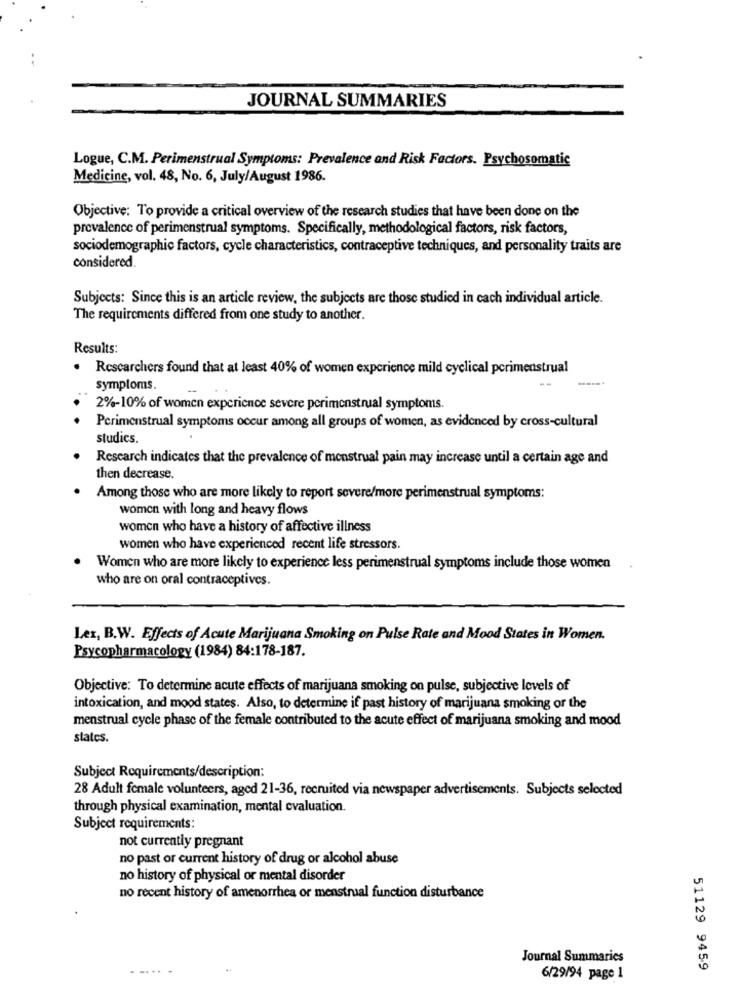
JOURNAL SUMMARIES
Logue, C.M. Perimenstrual Symptoms: Prevalence and Risk Factors. Psychosomatic
Medicine, vol. 48, No. 6, July/August 1986.
Objective: To provide a critical overview of the research studies that have been done on the
prevalence of perimenstrual symptoms. Specifically, methodological factors, risk factors,
sociodemographic factors, cycle characteristics, contraceptive techniques, and personality traits are
considered.
Subjects: Since this is an article review, the subjects are those studied in cach individual article.
The requirements differed from one study to another.
Results:
Researchers found that at least 40% of women experience mild cyclical perimenstrual
--
symptoms.
2%-10% of women experience severe perimenstrual symptoms.
Perimenstrual symptoms occur among all groups of women, as evidenced by cross-cultural
studies.
Research indicates that the prevalence of menstrual pain may increase until a certain age and
then decrease.
Among those who are more likely to report severe/more perimenstrual symptoms:
women with long and heavy flows
women who have a history of affective illness
women who have experienced recent life stressors.
Women who are more likely to experience less perimenstrual symptoms include those women
who are on oral contraceptives.
Lex, B.W. Effects of Acute Marijuana Smoking on Pulse Rate and Mood States in Women.
Psycopharmacology (1984) 84:178-187.
Objective: To determine acute effects of marijuana smoking on pulse, subjective levels of
intoxication, and mood states. Also, to determine if past history of marijuana smoking or the
menstrual cycle phase of the female contributed to the acute effect of marijuana smoking and mood
states.
Subject Requirements/description:
28 Adult female volunteers, aged 21-36, recruited via newspaper advertisements. Subjects selected
through physical examination, mental evaluation.
Subject requirements:
not currently pregnant
no past or current history of drug or alcohol abuse
no history of physical or mental disorder
no recent history of amenorrhea or menstrual function disturbance
Journal Summaries
51129 9459
6/29/94 page 1